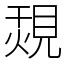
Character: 覝